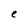
Character: e